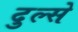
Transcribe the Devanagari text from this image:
दुल्से